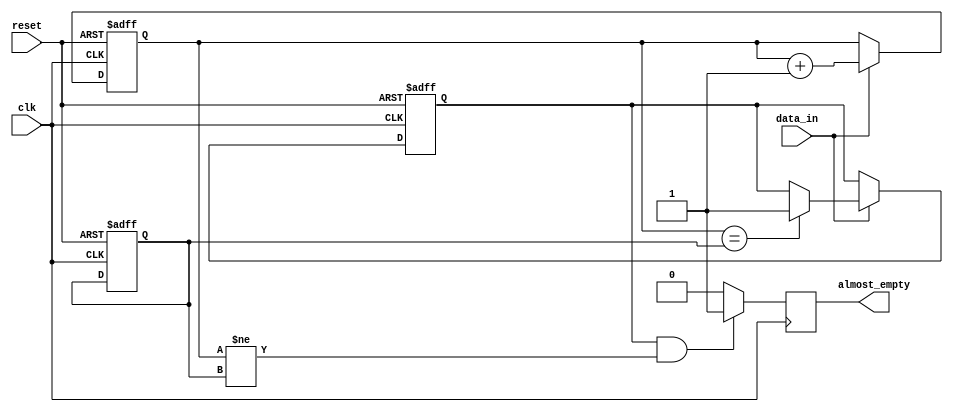
module almost_empty_fifo_buffer (
  input wire clk,
  input wire reset,
  input wire data_in,
  output wire almost_empty
);

reg [7:0] fifo_buffer [0:7];
reg [3:0] write_pointer;
reg [3:0] read_pointer;
reg almost_empty_flag;

always @(posedge clk or posedge reset) begin
  if (reset) begin
    write_pointer <= 0;
    read_pointer <= 0;
    almost_empty_flag <= 1'b0;
  end else begin
    if (data_in) begin
      fifo_buffer[write_pointer] <= data_in;
      write_pointer <= write_pointer + 1;
      if (write_pointer == read_pointer) begin
        almost_empty_flag <= 1'b1;
      end
    end
  end
end

always @(posedge clk) begin
  if (almost_empty_flag && (write_pointer != read_pointer)) begin
    almost_empty <= 1'b1;
  end else begin
    almost_empty <= 1'b0;
  end
end

endmodule